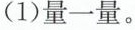
(1)量一量。